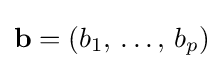
\mathbf {b} =(b_{1},\,\dots ,\,b_{p})